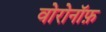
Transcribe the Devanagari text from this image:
वोरोनॉफ़